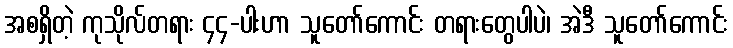
အစရှိတဲ့ ကုသိုလ်တရား ၄၄-ပါးဟာ သူတော်ကောင်း တရားတွေပါပဲ၊ အဲဒီ သူတော်ကောင်း